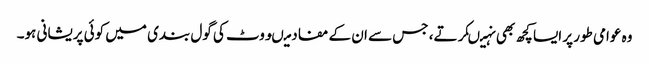
وہ عوامی طور پر ایسا کچھ بھی نہیںکرتے، جس سے ان کے مفاد میںووٹ کی گول بندی میں کوئی پریشانی ہو۔